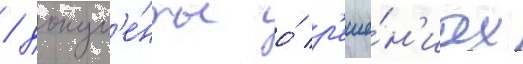
/ докум'е́нты о́ р'еше́н'иах